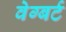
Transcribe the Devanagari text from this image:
वेग्बर्ट